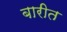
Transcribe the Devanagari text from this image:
बारीत